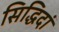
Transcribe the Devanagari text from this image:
सिद्धिदां